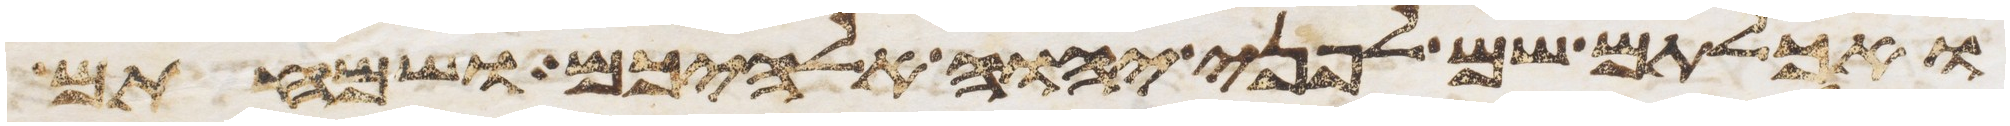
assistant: ואכלתם שם לפני יהוה אלהיכם ושמחתם